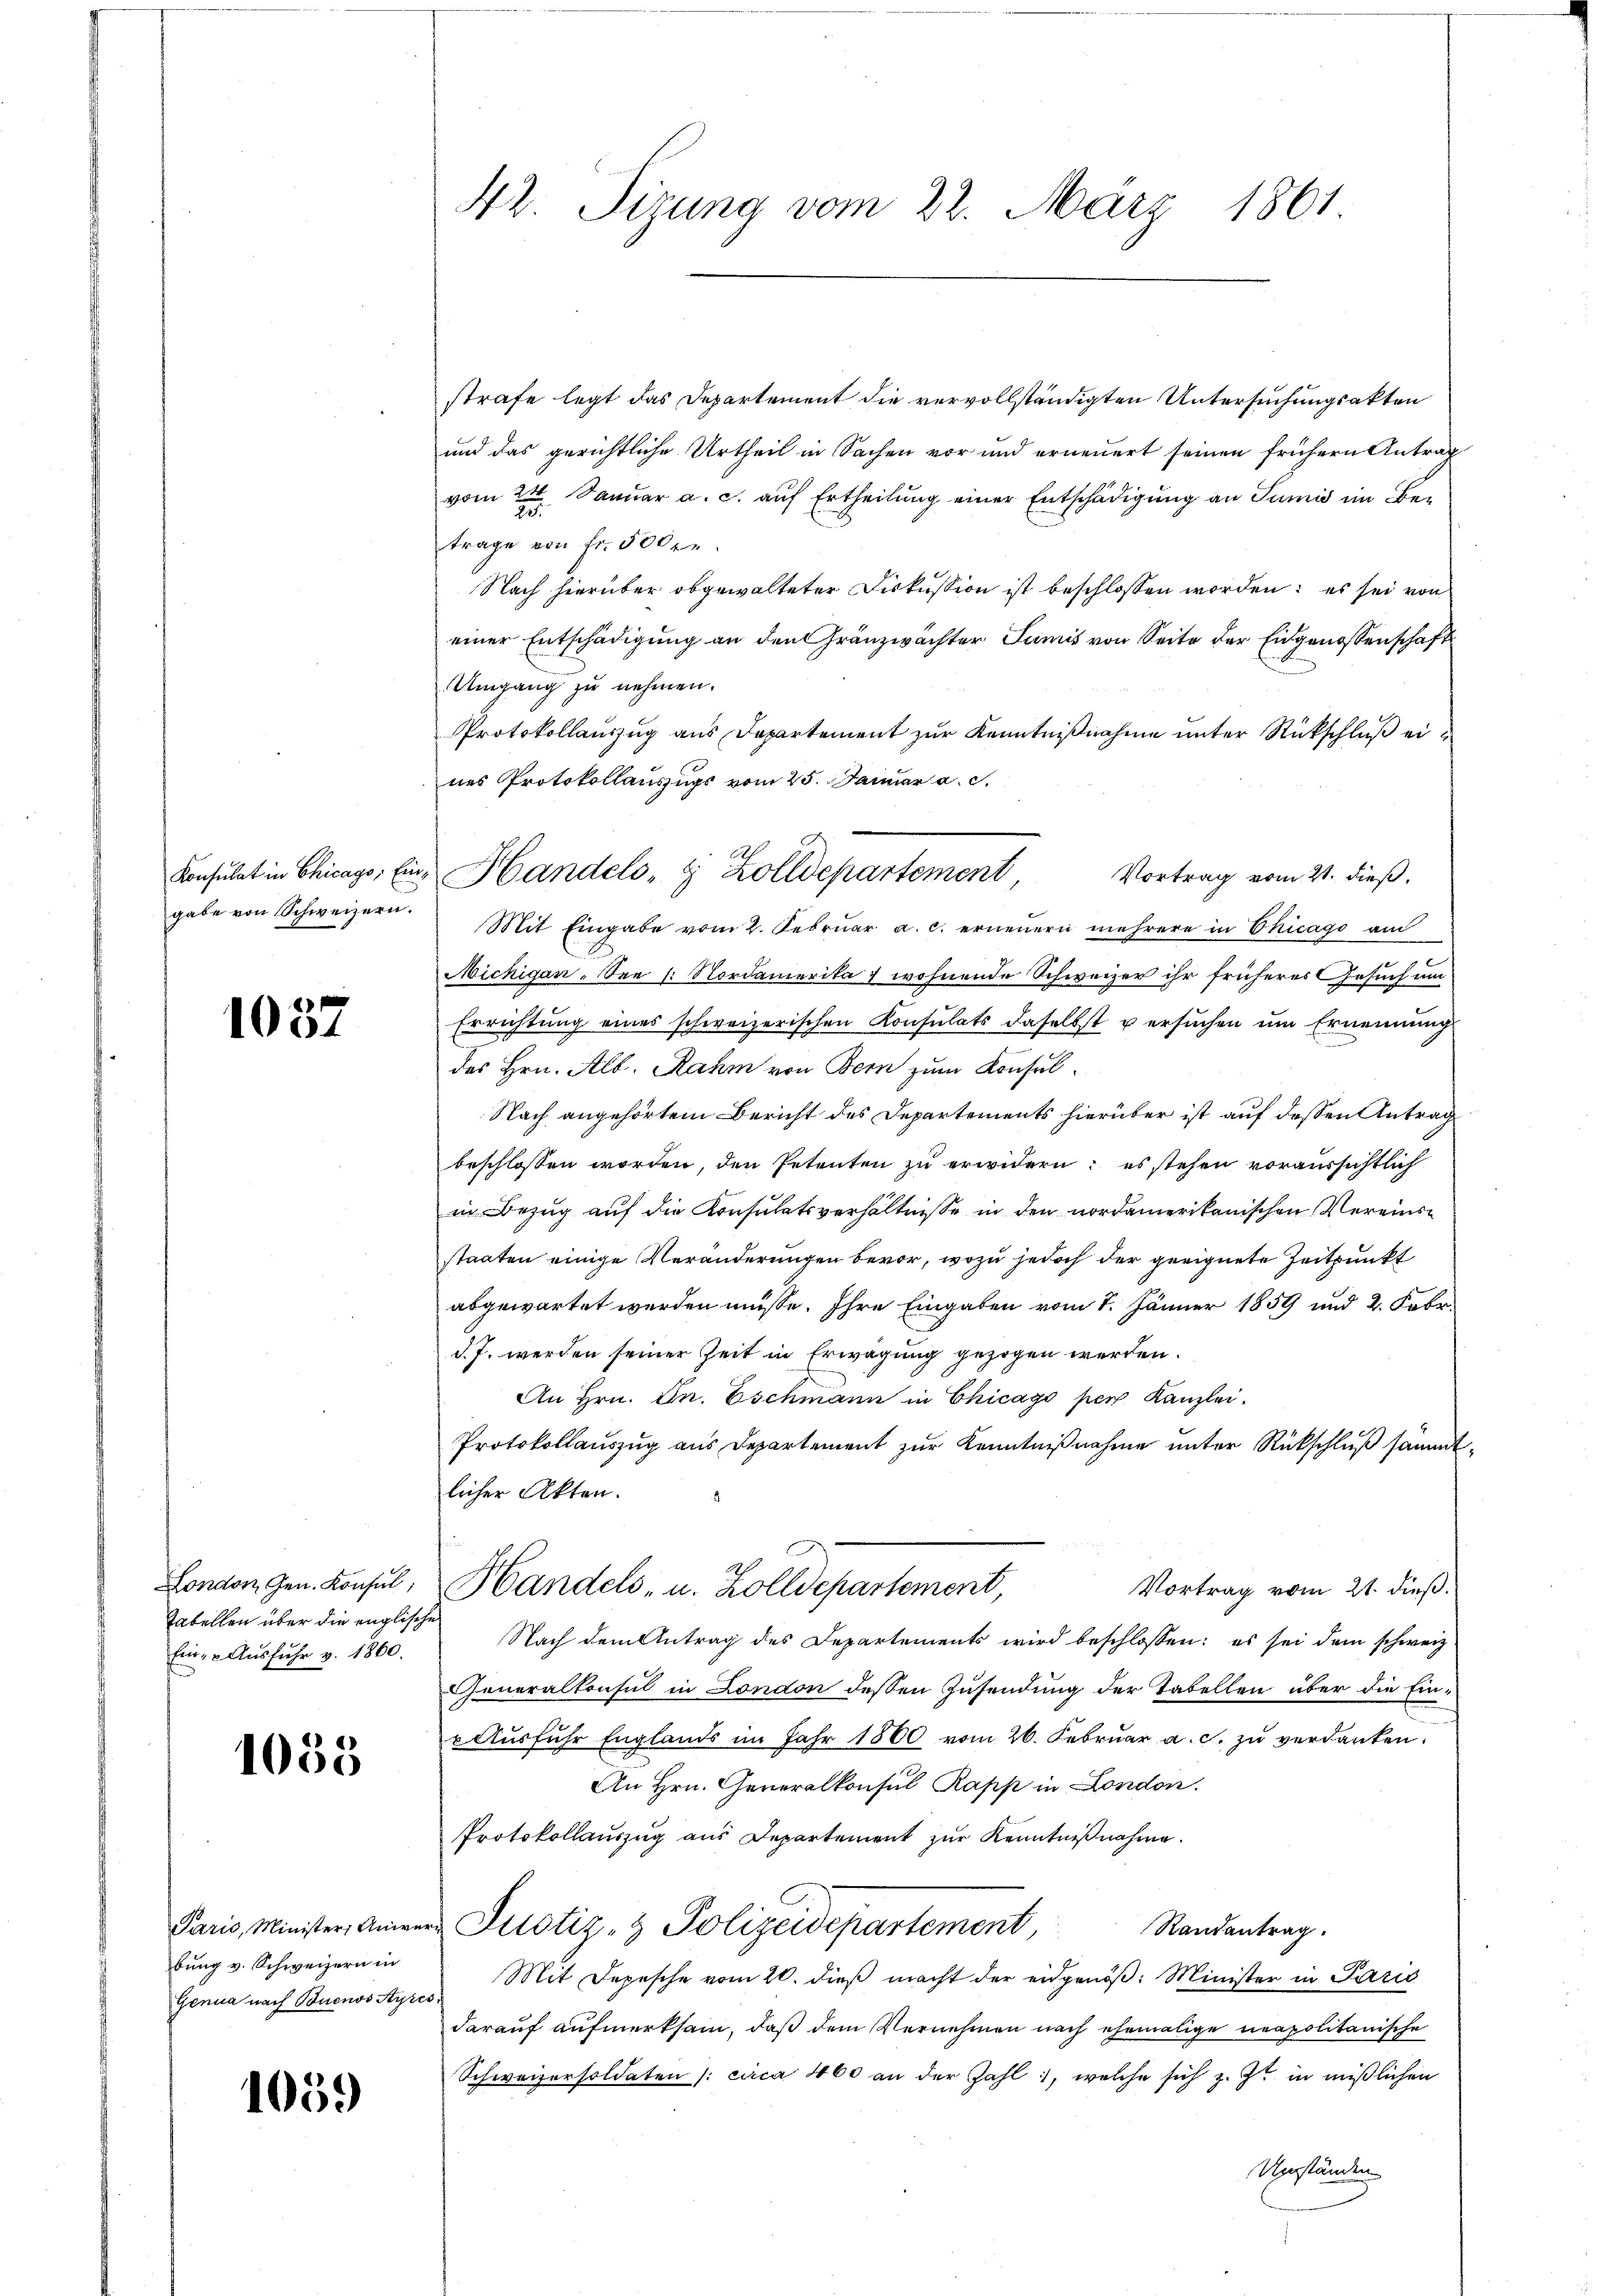
gabe von Schweizern.

1057

Tabellen über die englische
Ein- & Ausfuhr v. 1860.

1055

bung v. Schweizern in
Genua nach Buenos Ayr

1059

42. Sizung vom 22. März 1861.

strafe legt das Departement die vervollständigten Untersuchungsakten
und das gerichtliche Urtheil in Sachen vor und erneuert seinen frühern Antrag
vom 22. Januar a. c. auf Ertheilung einer Entschädigung an Sumis im Betrage von Fr. 500 re
Nach hierüber obgewalteter Diskussion ist beschlossen worden; es sei von
einer Entschädigung an den Gränzwächter Sumis von Seite der Eidgenossenschaft
Umgang zu nehmen.
Protokollauszug aus Departement zur Kenntnißnahme unter Rückschluß ei
nes Protokollauszugs vom 25. Januar a. c.
Konsulat in Chicago, Ein Handels- & Zolldepartement
Vortrag vom 21. dieß.
Mit Eingabe vom 2. Febrŭar a. c. erneŭern mehrere in Chicago am
Michigan - See 1. Nordamerika 7 wohnende Schweizer ihr früheres Gesuch um
Errichtung eines schweizerischen Konsulats daselbst versuchen um Ernennung
des Hrn. Alb. Rahm von Bern zum Konsel¬
Nach angehörtem Bericht des Departements hierüber ist auf dessen Antrag
beschlossen worden, den Petenten zu erwidern; es stehen voraussichtlich
in Bezug auf die Konsulatsverhältnisse in den nordamerikanischen Vereinsstaaten einige Veränderungen bevor, wozu jedoch der geeignete Zeitpunkt
abgewartet werden müsse. Ihre Eingaben vom 7. Jänner 1859 und 2. Febr.
d.J. werden seiner Zeit in Erwägung gezogen werden.
An Hrn. Dn. Eschmann in Chicago per Kanzlei.
Protokollauszug aus Departement zur Kenntnißnahme unter Rückschluß sämmt-
licher Akten.
2
Londorn gen. Konsul, Handels- u. Zolldepartement,
Vortrag vom 21. dieß.
Nach dem Antrag des Departements wird beschlossen: es sei dem schweiz
Generalkonsul in London dessen Zusendung der Tabellen über die Ein¬
u Ausfuhr Englands im Jahr 1860 vom 26. Februar a. c. zu verdanken.
An Hrn. Generalkonsul Rapp in London.
Protokollauszug aus Departement zur Kenntnißnahme.
Paris Minister, Anna Justiz- & Polizeidepartement,
Randantrag.
Mit Depesche vom 20. dieß macht der eidgenöß: Minister in Paris
darauf aufmerksam, daß dem Vernehmen nach ehemalige neapolitanische
Schweizersoldaten /: circa 460 an der Zahl, welche sich z. Zt. in mißlichen
Umständen

Af.